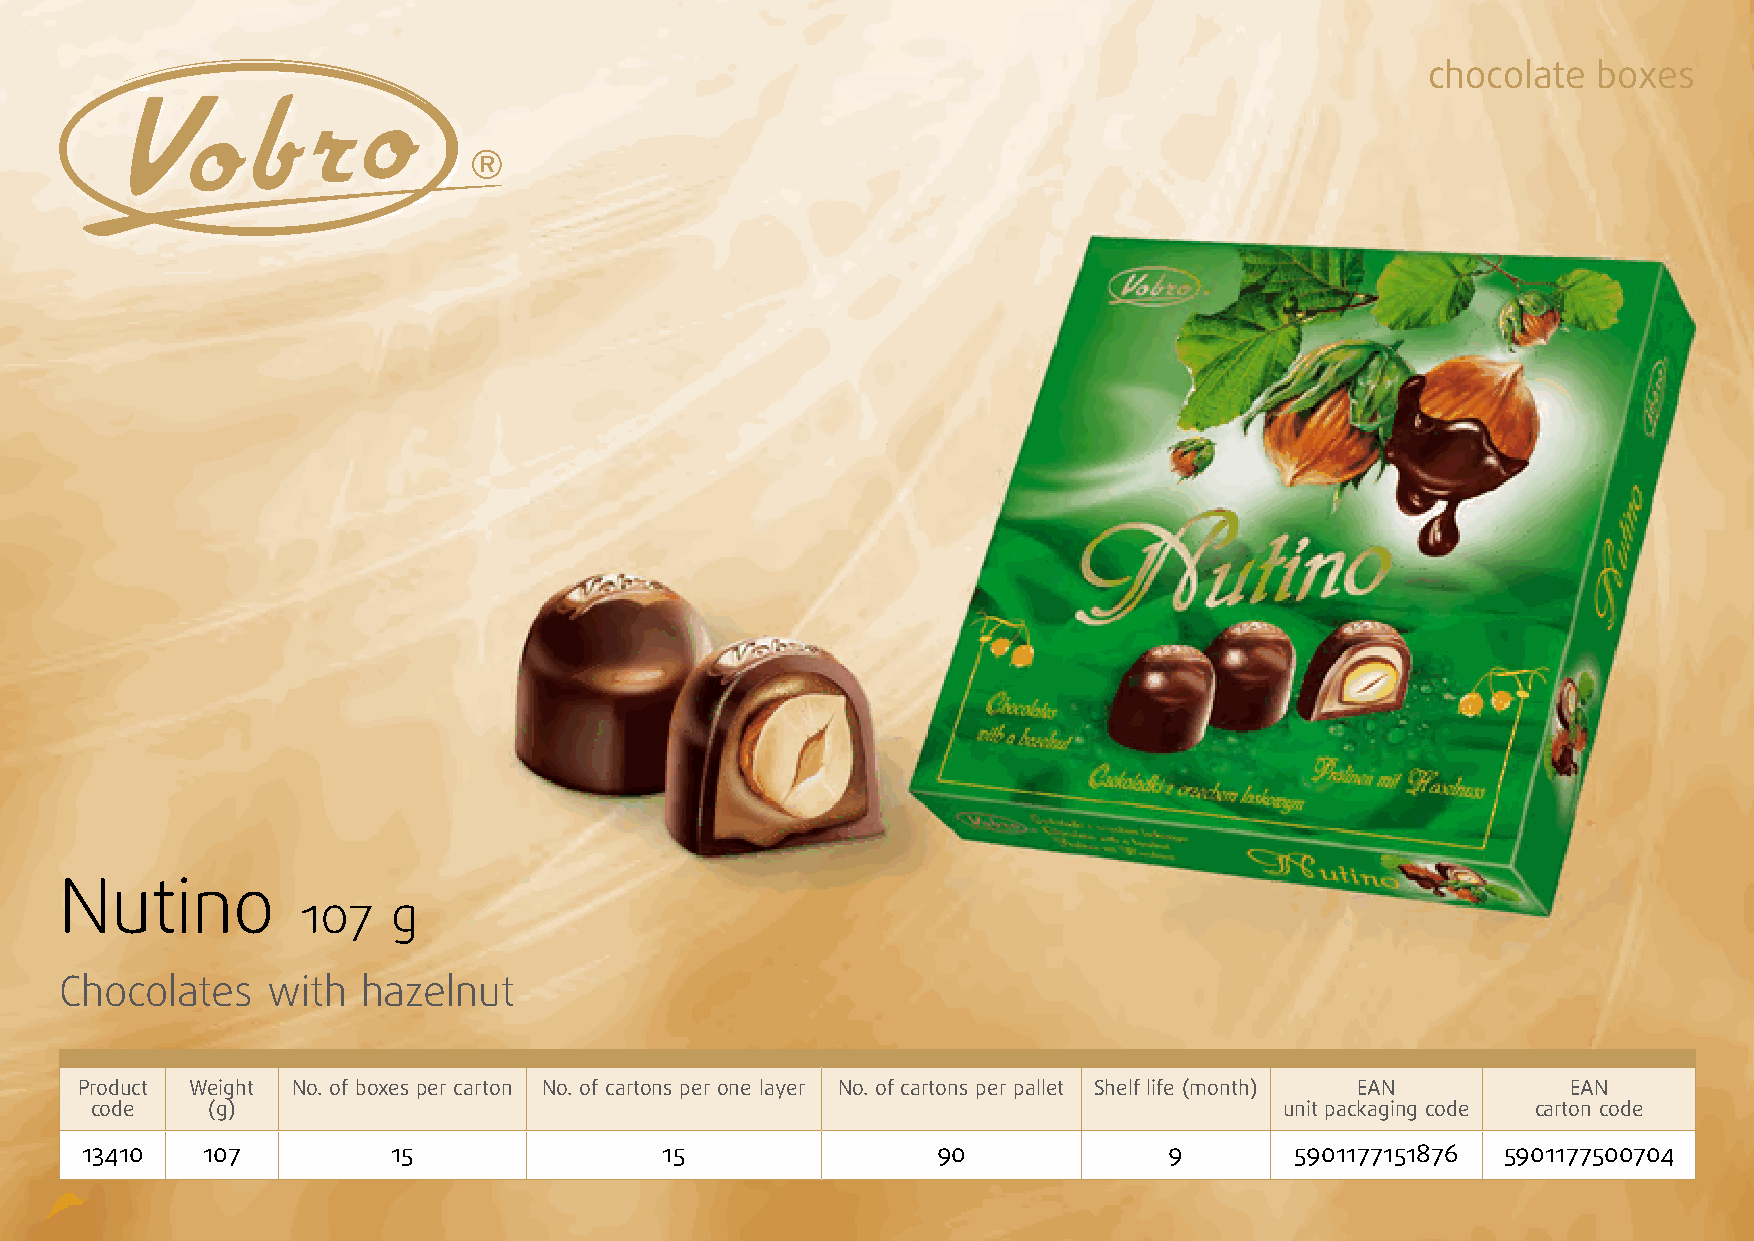
chocolate  boxes
 Nutino
 107   g
 Chocolates    with  hazelnut
 Product Weight No. of boxes per carton No. of cartons per one layer No. of cartons per pallet Shelf life (month) EAN EAN
 code    (g)                                                                    unit packaging code carton code
 13410   107          15                15                90             9        5901177151876 5901177500704